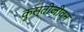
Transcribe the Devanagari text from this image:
कुस्तीजीवन